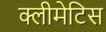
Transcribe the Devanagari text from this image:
क्लीमेटिस